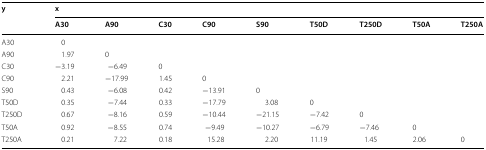
| <ROWSPAN=2> y | <COLSPAN=9> x |
 | A30 | A90 | C30 | C90 | S90 | T50D | T250D | T50A | T250A |
 | --- | --- | --- | --- | --- | --- | --- | --- | --- | --- |
 | A30 | 0 |  |  |  |  |  |  |  |  |
 | A90 | 1.97 | 0 |  |  |  |  |  |  |  |
 | C30 | −3.19 | −6.49 | 0 |  |  |  |  |  |  |
 | C90 | 2.21 | −17.99 | 1.45 | 0 |  |  |  |  |  |
 | S90 | 0.43 | −6.08 | 0.42 | −13.91 | 0 |  |  |  |  |
 | T50D | 0.35 | −7.44 | 0.33 | −17.79 | 3.08 | 0 |  |  |  |
 | T250D | 0.67 | −8.16 | 0.59 | −10.44 | −21.15 | −7.42 | 0 |  |  |
 | T50A | 0.92 | −8.55 | 0.74 | −9.49 | −10.27 | −6.79 | −7.46 | 0 |  |
 | T250A | 0.21 | 7.22 | 0.18 | 15.28 | 2.20 | 11.19 | 1.45 | 2.06 | 0 |